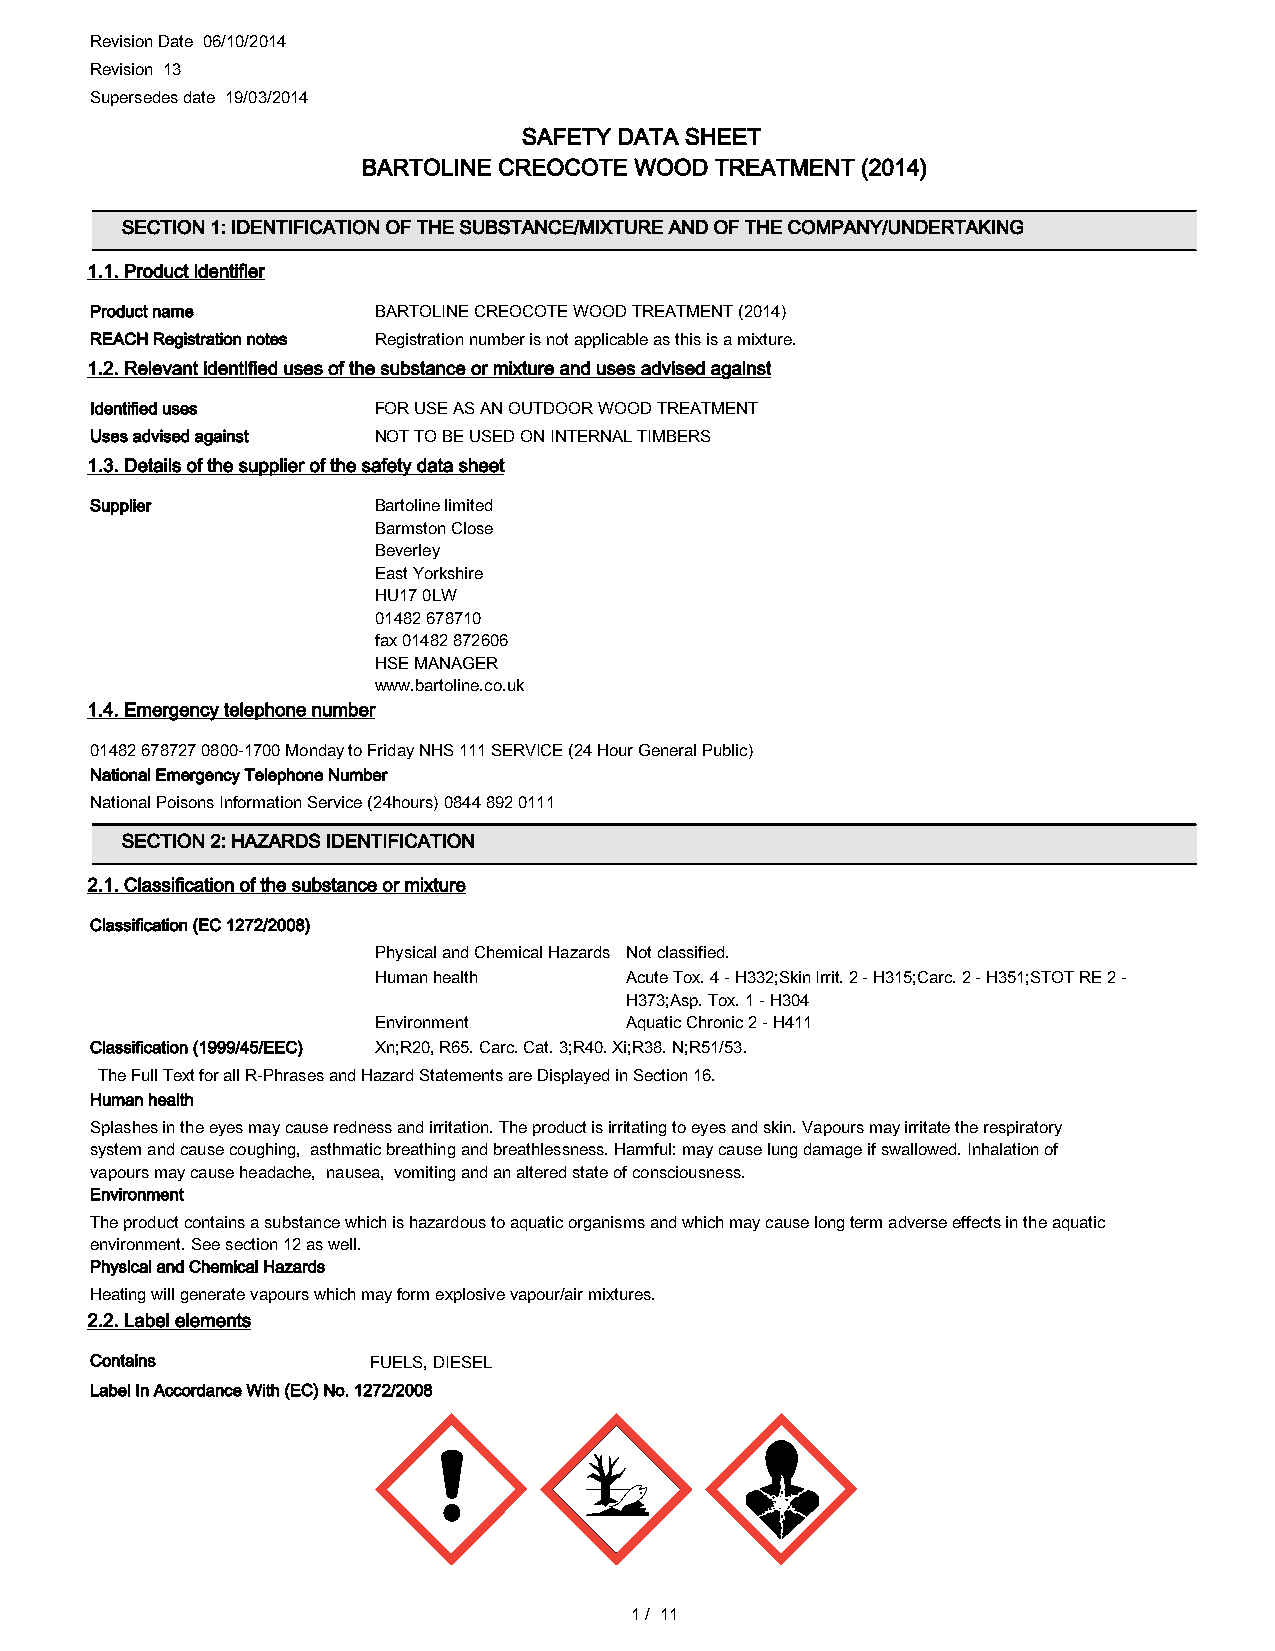
Revision Date 06/10/2014
 Revision 13
 Supersedes date 19/03/2014
 SAFETY DATA SHEET
 BARTOLINE CREOCOTE WOOD TREATMENT (2014)
 SECTION 1: IDENTIFICATION OF THE SUBSTANCE/MIXTURE AND OF THE COMPANY/UNDERTAKING
 1.1. Product identifier
 Product name       BARTOLINE CREOCOTE WOOD TREATMENT (2014)
 REACH Registration notes Registration number is not applicable as this is a mixture.
 1.2. Relevant identified uses of the substance or mixture and uses advised against
 Identified uses    FOR USE AS AN OUTDOOR WOOD TREATMENT
 Uses advised against NOT TO BE USED ON INTERNAL TIMBERS
 1.3. Details of the supplier of the safety data sheet
 Supplier           Bartoline limited
 Barmston Close
 Beverley
 East Yorkshire
 HU17 0LW
 01482 678710
 fax 01482 872606
 HSE MANAGER
 www.bartoline.co.uk
 1.4. Emergency telephone number
 01482 678727 0800-1700 Monday to Friday NHS 111 SERVICE (24 Hour General Public)
 National Emergency Telephone Number
 National Poisons Information Service (24hours) 0844 892 0111
 SECTION 2: HAZARDS IDENTIFICATION
 2.1. Classification of the substance or mixture
 Classification (EC 1272/2008)
 Physical and Chemical Hazards Not classified.
 Human health    Acute Tox. 4 - H332;Skin Irrit. 2 - H315;Carc. 2 - H351;STOT RE 2 -
 H373;Asp. Tox. 1 - H304
 Environment     Aquatic Chronic 2 - H411
 Classification (1999/45/EEC) Xn;R20, R65. Carc. Cat. 3;R40. Xi;R38. N;R51/53.
 The Full Text for all R-Phrases and Hazard Statements are Displayed in Section 16.
 Human health
 Splashes in the eyes may cause redness and irritation. The product is irritating to eyes and skin. Vapours may irritate the respiratory
 system and cause coughing, asthmatic breathing and breathlessness. Harmful: may cause lung damage if swallowed. Inhalation of
 vapours may cause headache, nausea, vomiting and an altered state of consciousness.
 Environment
 The product contains a substance which is hazardous to aquatic organisms and which may cause long term adverse effects in the aquatic
 environment. See section 12 as well.
 Physical and Chemical Hazards
 Heating will generate vapours which may form explosive vapour/air mixtures.
 2.2. Label elements
 Contains          FUELS, DIESEL
 Label In Accordance With (EC) No. 1272/2008
 1/ 11